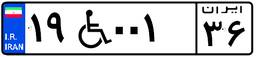
۵۴W۴۵۹۵۴